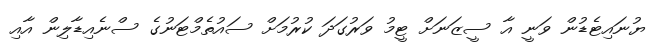
ޔުނައިޓެޑުން ވަނީ އާ ސީޒަނަށް ޓީމު ވަރުގަދަ ކުރުމަށް ސައުތެމްޓަނުގެ ސްނެއިޑާލިން އާއި